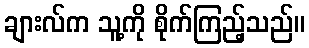
ချားလ်က သူ့ကို စိုက်ကြည့်သည်။